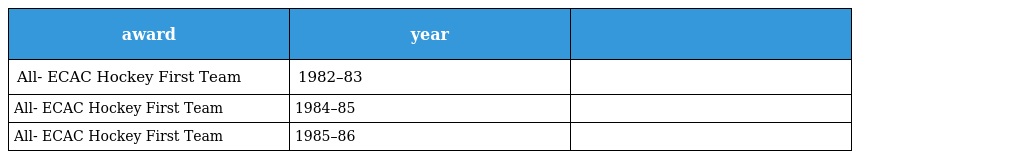
| award | year |  |
 | --- | --- | --- |
 | All- ECAC Hockey First Team | 1982–83 |  |
 | All- ECAC Hockey First Team | 1984–85 |  |
 | All- ECAC Hockey First Team | 1985–86 |  |